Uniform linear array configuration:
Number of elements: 8
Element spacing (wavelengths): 1
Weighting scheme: exponential
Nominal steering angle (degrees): -60
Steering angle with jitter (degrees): -58.633
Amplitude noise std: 0.05
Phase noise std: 0.05

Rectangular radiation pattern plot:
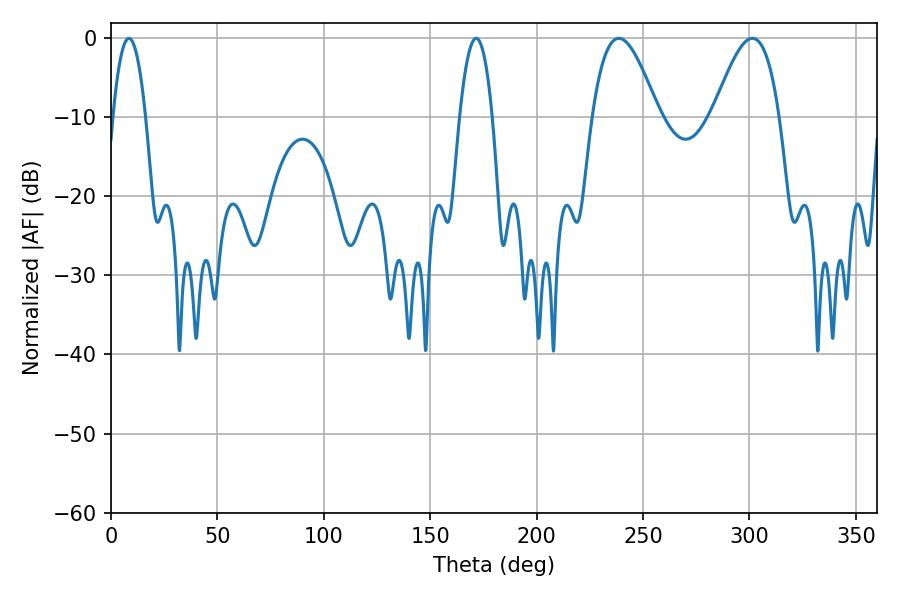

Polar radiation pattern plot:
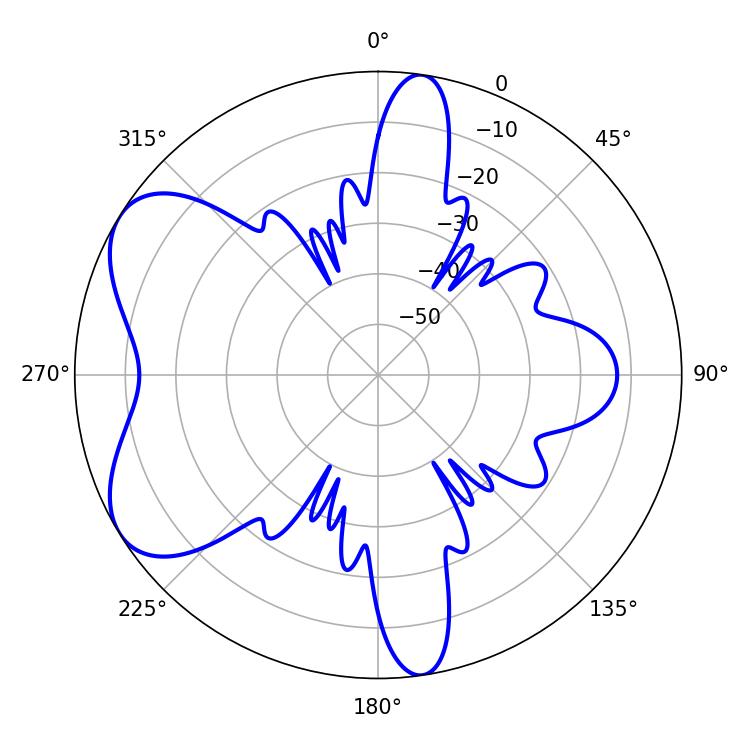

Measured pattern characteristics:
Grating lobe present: TRUE
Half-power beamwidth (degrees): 16.74
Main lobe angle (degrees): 238.68